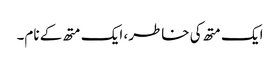
ایک متھ کی خاطر، ایک متھ کے نام۔